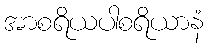
အာစရိယပါစရိယာနံ